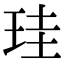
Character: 珪